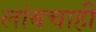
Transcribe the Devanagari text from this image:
लांबचाही